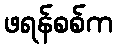
ဖရန်စစ်က